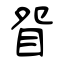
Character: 眢